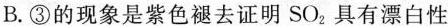
B.③的现象是紫色褪去证明SO_{2}具有漂白性